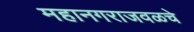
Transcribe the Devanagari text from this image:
महानगराजवळचे